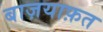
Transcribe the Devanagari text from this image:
बाज़याफ़त